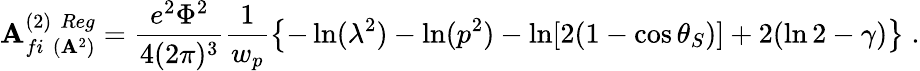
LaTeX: {\cal\mathbf{A}}_{fi\, \, ({\mathbf{\mathbf{A}}}^{2})}^{(2)\, \, Reg}=\frac{{e^{2}\Phi^{2}}}{{4(2\pi)^{3}}}\frac{{1}}{{w_{p}}}\left\{ -\ln(\lambda^{2})-\ln(p^{2})-\ln[2(1-\cos\theta_{S})]+2(\ln2-\gamma)\right\} \; .